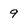
Character: 9